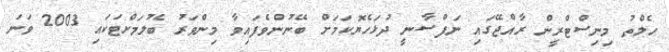
ހެލްތު މިނިސްޓްރީން ރާއްޖޭގައި ނަފްސާނީ ދުޅަހެޔޮކަމަށް ބޭނުންވެފައިވާ މިންވަރު ބެލުމަށްޓަކައި 2003 ވަނަ